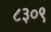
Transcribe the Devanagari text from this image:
८३०९